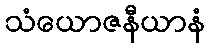
သံယောဇနီယာနံ